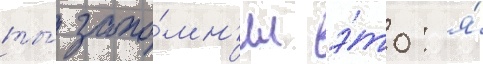
ты́ запо́мн'ил э́то: я́